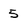
Character: 5